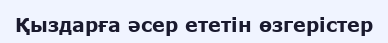
Қыздарға әсер ететін өзгерістер